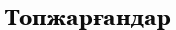
Топжарғандар